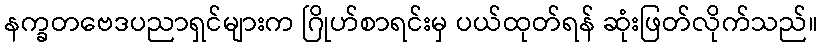
နက္ခတဗေဒပညာရှင်များက ဂြိုဟ်စာရင်းမှ ပယ်ထုတ်ရန် ဆုံးဖြတ်လိုက်သည်။